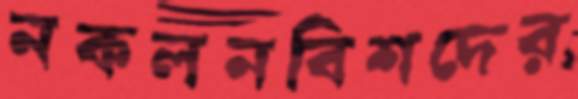
নকলনবিশদের